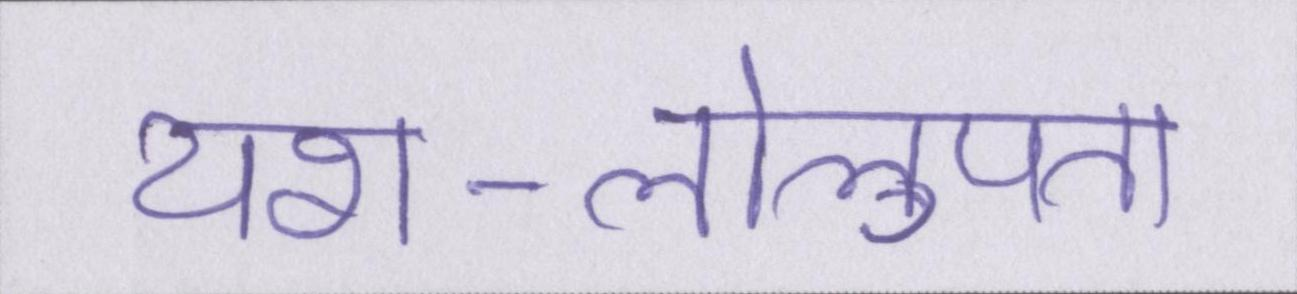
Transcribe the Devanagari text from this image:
यश-लोलुपता